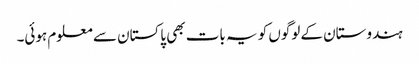
ہندوستان کے لوگوں کو یہ بات بھی پاکستان سے معلوم ہوئی۔